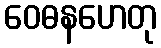
ဝေဓနဟေတု